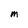
Character: M